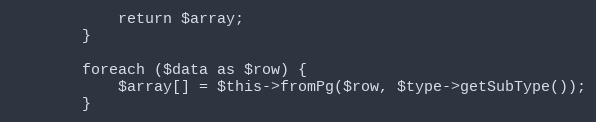
Language: PHP
            return $array;
        }

        foreach ($data as $row) {
            $array[] = $this->fromPg($row, $type->getSubType());
        }